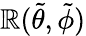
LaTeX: \mathbb{R}(\tilde{{\theta}},\tilde{{\phi}})